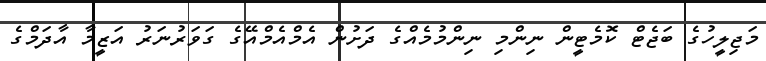
މަޖިލީހުގެ ބަޖެޓް ކޮމެޓީން ނިންމި ނިންމުމެއްގެ ދަށުން އެމްއެމްއޭގެ ގަވަރުނަރު އަޒީމާ އާދަމްގެ